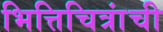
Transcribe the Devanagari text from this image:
भित्तिचित्रांची